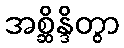
အစ္ဆိန္ဒိတွာ